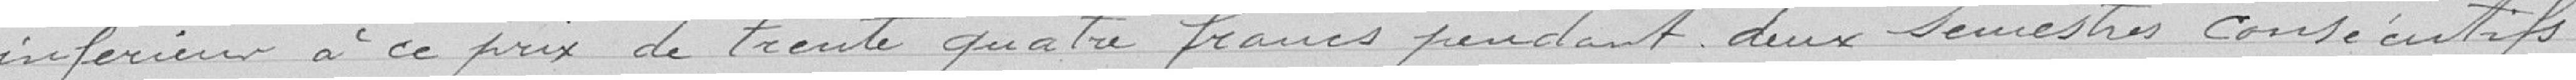
inférieur à ce prix de trente quatre francs pendant deux semestres consécutifs.